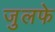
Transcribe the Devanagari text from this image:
जुलफे